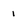
Character: 1